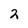
Character: 2